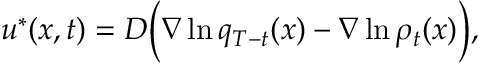
u ^ { * } ( x , t ) = D \Big ( \nabla \ln q _ { T - t } ( x ) - \nabla \ln \rho _ { t } ( x ) \Big ) ,